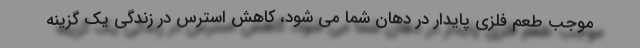
موجب طعم فلزی پایدار در دهان شما می شود، کاهش استرس در زندگی یک گزینه